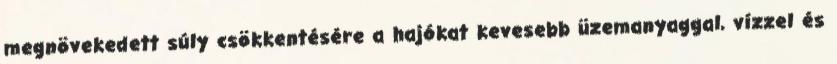
megnövekedett súly csökkentésére a hajókat kevesebb üzemanyaggal, vízzel és